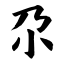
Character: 尕